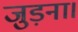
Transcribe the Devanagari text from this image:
जुड़ना।